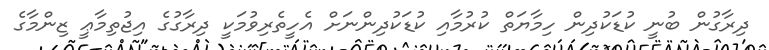
ދިރާގުން ބުނީ ކުޑަކުދިން ހިމާޔަތް ކުރުމާއި ކުޑަކުދިންނަށް އެހީތެރިވުމަކީ ދިރާގުގެ އިޖުތިމާޢީ ޒިންމާގެ